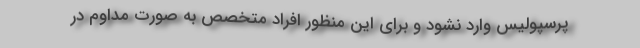
پرسپولیس وارد نشود و برای این منظور افراد متخصص به صورت مداوم در